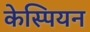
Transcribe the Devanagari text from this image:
केस्पियन